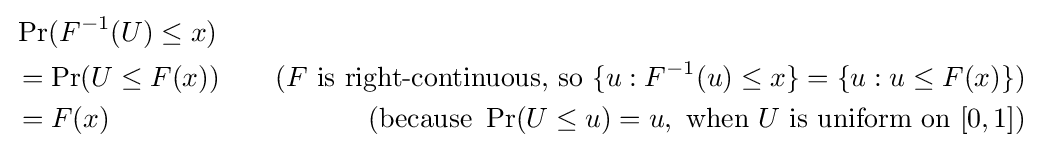
{\begin{aligned}&\Pr(F^{-1}(U)\leq x)\\&{}=\Pr(U\leq F(x))\quad &(F{\text{ is right-continuous, so }}\{u:F^{-1}(u)\leq x\}=\{u:u\leq F(x)\})\\&{}=F(x)\quad &({\text{because }}\Pr(U\leq u)=u,{\text{ when }}U{\text{ is uniform on }}[0,1])\\\end{aligned}}